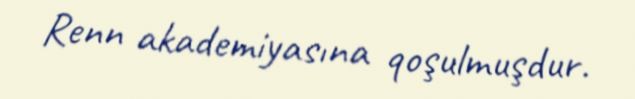
Renn akademiyasına qoşulmuşdur.